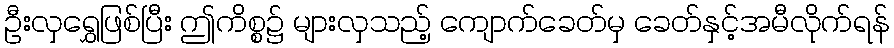
ဦးလှရွှေဖြစ်ပြီး ဤကိစ္စ၌ များလှသည့် ကျောက်ခေတ်မှ ခေတ်နှင့်အမီလိုက်ရန်